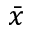
\bar { x }